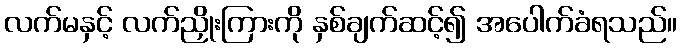
လက်မနှင့် လက်ညှိုးကြားကို နှစ်ချက်ဆင့်၍ အပေါက်ခံရသည်။